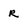
Character: R